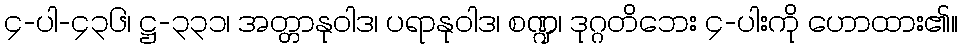
၄-ပါ-၄၃၆၊ ဋ္ဌ-၃၃၁၊ အတ္တာနုဝါဒ၊ ပရာနုဝါဒ၊ စဏ္ဍ၊ ဒုဂ္ဂတိဘေး ၄-ပါးကို ဟောထား၏။